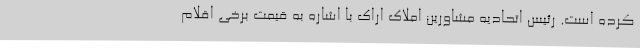
کرده است. رئیس اتحادیه مشاورین املاک اراک با اشاره به قیمت برخی اقلام